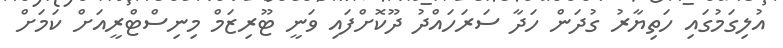
އުލިގަމުގައި ހަތިޔާރު ގުދަން ހަދާ ސަރަހައްދު ދޫކޮށްފައި ވަނީ ޓޫރިޒަމް މިނިސްޓްރީއަށް ކަމަށް